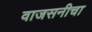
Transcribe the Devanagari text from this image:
वाजसनीचा